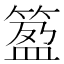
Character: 𥯰